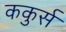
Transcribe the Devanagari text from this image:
ककुर्स